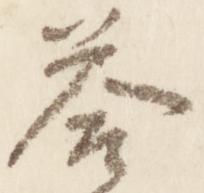
答